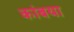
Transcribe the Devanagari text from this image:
कांबया